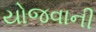
યોજવાની